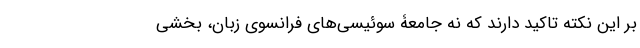
بر این نکته تاکید دارند که نه جامعۀ سوئیسی‌های فرانسوی زبان، بخشی